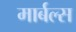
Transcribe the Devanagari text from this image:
मार्बल्स